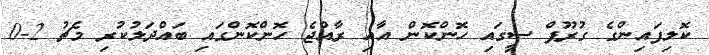
ކޮލިފައިންގެ ގުރޫޕް ސީގައި ހޮންކޮން އާއި ރާއްޖެ ހޮންކޮންގައި ބައްދަލުކުރި މެޗު 2-0